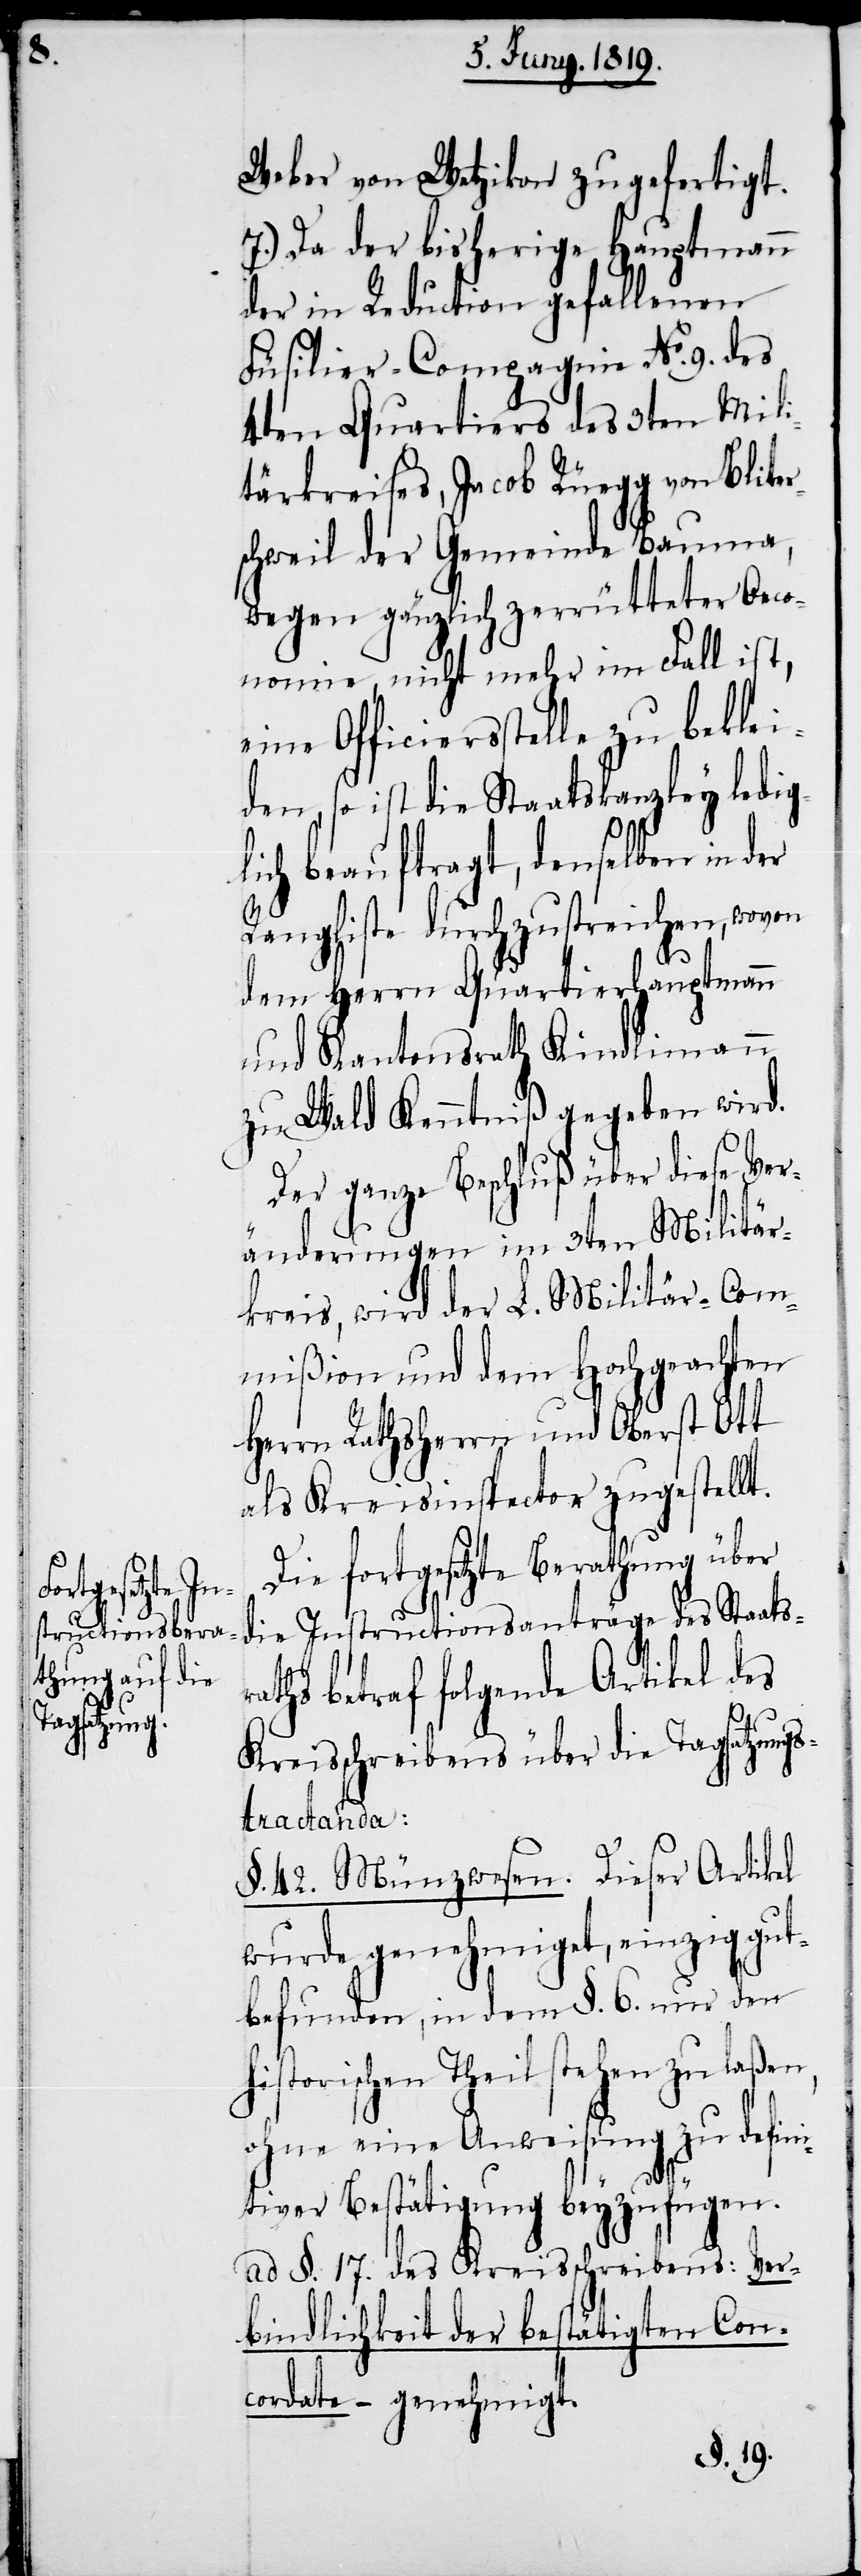
Weber von Wetzikon zu gefertigt.
7.) Da der bisherige Hauptmann
der in Reduction gefallenen
Füsilier-Compagnie No. 9. des
4ten Quartiers des 3ten Mili¬
tärkreises, Jacob Rüegg von Bliter¬
schweil der Gemeinde Bauma,
wegen gänzlich zerrütteter Oeco¬
nomie, nicht mehr im Fall ist,
eine Officiersstelle zu beklei¬
den, so ist die Staatskanzley ledig¬
lich beauftragt, denselben in der
Rangliste durchzustreichen, wovon
dem Herrn Quartierhauptmann
und Kantonsrath Kindlimann
zu Wald Kenntniß gegeben wird.
Der ganze Beschluß über diese Ver¬
änderungen im 3ten Militär¬
kreis, wird der L. Militär-Com¬
mißion und dem Hochgeachten
Herrn Rathsherrn und Oberst Ott
als Kreisinspector zugestellt.
Die fortgesetzte Berathung über
die Instructionsanträge des Staatsr¬
aths betraf folgende Artikel des
Kreisschreibens über die Tagsatzungs¬
tractanda:
§. 42. Münzwesen. Dieser Artikel
wurde genehmiget, einzig gut¬
befunden, in dem §. 6. nur den
historischen Theil stehen zu laßen,
ohne eine Anweisung zu defini¬
tiver Bestätigung beyzufügen.
ad §. 17. des Kreisschreibens: Ver¬
bindlichkeit der bestätigten Con¬
cordate – genehmigt.